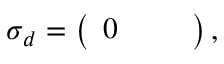
\boldsymbol { \sigma } _ { d } = \left( \begin{array} { l l l } { 0 } & { } & { } \end{array} \right) ,